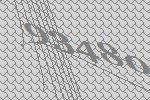
93480